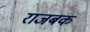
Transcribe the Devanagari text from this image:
राजबक